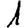
Digit: 1